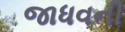
જાધવની